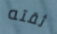
ثقته